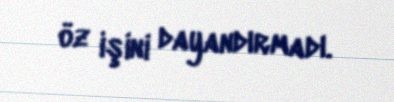
öz işini dayandırmadı.